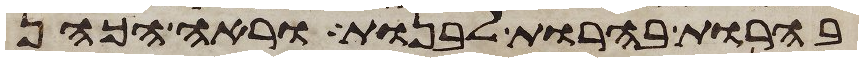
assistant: בהרות בהרות לבנות וראה הכהן